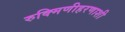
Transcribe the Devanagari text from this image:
रुक्मिणीहरणाशी